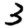
Digit: 3